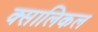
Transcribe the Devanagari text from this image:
क्सालिकल